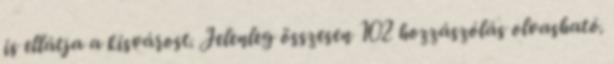
is ellátja a kisvárost. Jelenleg összesen 102 hozzászólás olvasható.